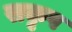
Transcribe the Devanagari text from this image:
सकृप